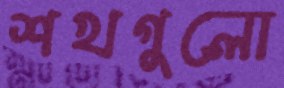
শখগুলো